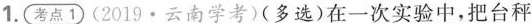
1.考点1(2019·云南学考)(多选)在一次实验中，把台秤